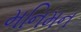
મનિમન